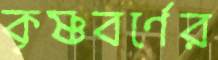
কৃষ্ণবর্ণের